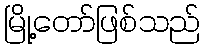
မြို့တော်ဖြစ်သည်